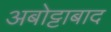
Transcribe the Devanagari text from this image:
अबोट्टाबाद